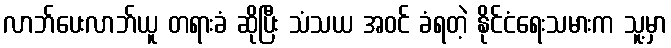
လာဘ်ပေးလာဘ်ယူ တရားခံ ဆိုပြီး သံသယ အဝင် ခံရတဲ့ နိုင်ငံရေးသမားက သူ့မှာ